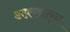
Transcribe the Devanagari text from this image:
अफ़्लातून